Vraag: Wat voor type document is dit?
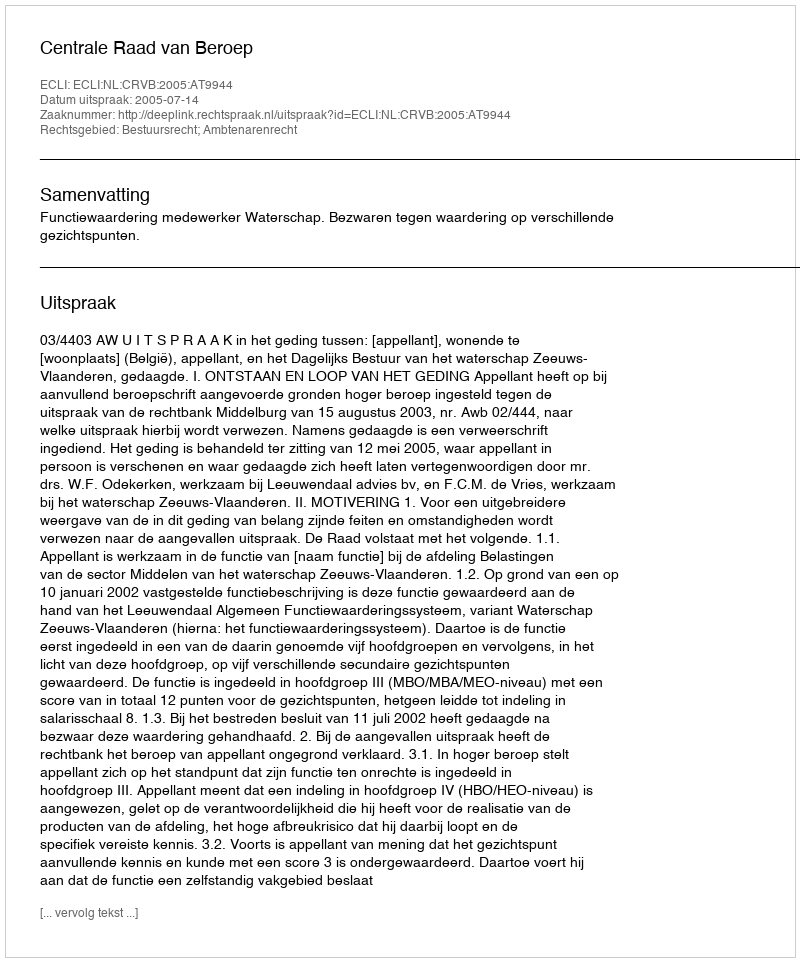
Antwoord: Uitspraak